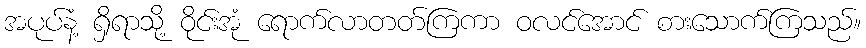
အပုပ်နံ့ ရှိရာသို့ ဝိုင်းအုံ ရောက်လာတတ်ကြကာ ဝလင်အောင် စားသောက်ကြသည်။